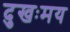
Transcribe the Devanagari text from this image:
दुखःमय